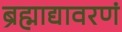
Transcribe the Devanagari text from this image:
ब्रह्माद्यावरणं